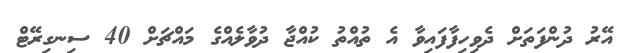
އޭރު ދުންފަތަށް ދެވިހިފާފައިވާ އެ ތުއްތު ކުއްޖާ ދުވާލެއްގެ މައްޗަށް 40 ސިނގިރޭޓް